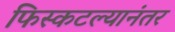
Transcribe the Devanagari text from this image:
फिस्कटल्यानंतर